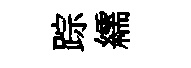
踪繻